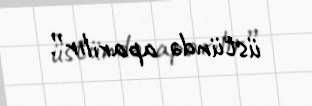
üstündə aparılır”.